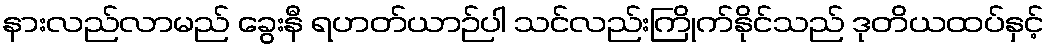
နားလည်လာမည် ခွေးနီ ရဟတ်ယာဉ်ပါ သင်လည်းကြိုက်နိုင်သည် ဒုတိယထပ်နှင့်